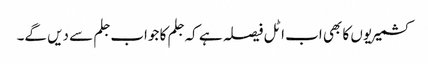
کشمیریوں کا بھی اب اٹل فیصلہ ہے کہ جلم کا جواب جلم سے دیں گے۔